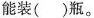
能装( )瓶。